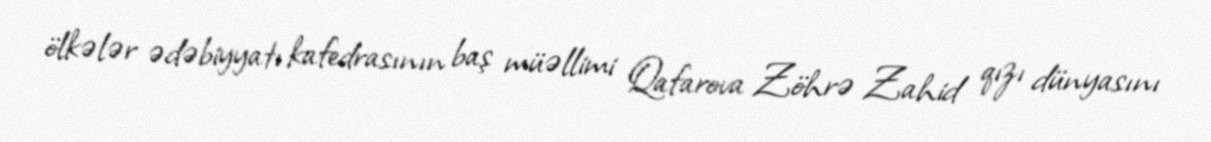
ölkələr ədəbiyyatı kafedrasının baş müəllimi Qafarova Zöhrə Zahid qızı dünyasını